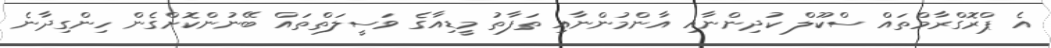
އެ ޕްރޮގްރާމްތައް ސްކޫލް ކުދިންނާއި އާންމުންނާއި ތަފާތު މީޑިއާގެ ވަސީލަތްތައް ބޭނުންކޮށްގެން ހިންގިދާނެ